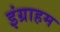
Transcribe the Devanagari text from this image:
इंग्राहम